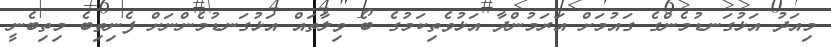
މިއަދު އަޅުގަނޑުމެންގެ ގައުމަށް އަރަމުންދާ އަޅުވެތިކަމުގެ ބޯ ވިލާތައް އަޅުގަނޑުމެންނަށް ފެނިތިބެ މިތިބެނީ